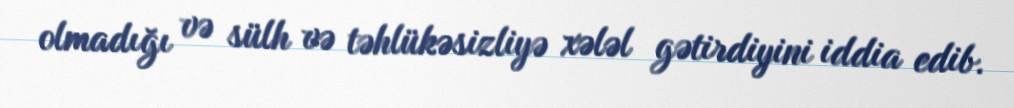
olmadığı və sülh və təhlükəsizliyə xələl gətirdiyini iddia edib.